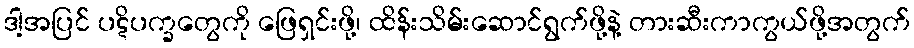
ဒါ့အပြင် ပဋိပက္ခတွေကို ဖြေရှင်းဖို့၊ ထိန်းသိမ်းဆောင်ရွက်ဖို့နဲ့ တားဆီးကာကွယ်ဖို့အတွက်